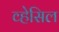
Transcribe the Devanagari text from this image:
व्हेसिल